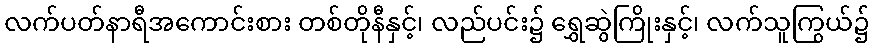
လက်ပတ်နာရီအကောင်းစား တစ်တိုနီနှင့်၊ လည်ပင်း၌ ရွှေဆွဲကြိုးနှင့်၊ လက်သူကြွယ်၌